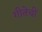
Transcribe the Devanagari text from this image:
गीतेचीं